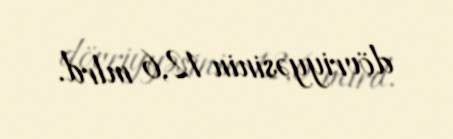
dövriyyəsinin 12,6 mlrd.